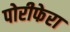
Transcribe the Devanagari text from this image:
पोरीफेरा